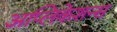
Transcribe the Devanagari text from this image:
अप्लिकेशन्स